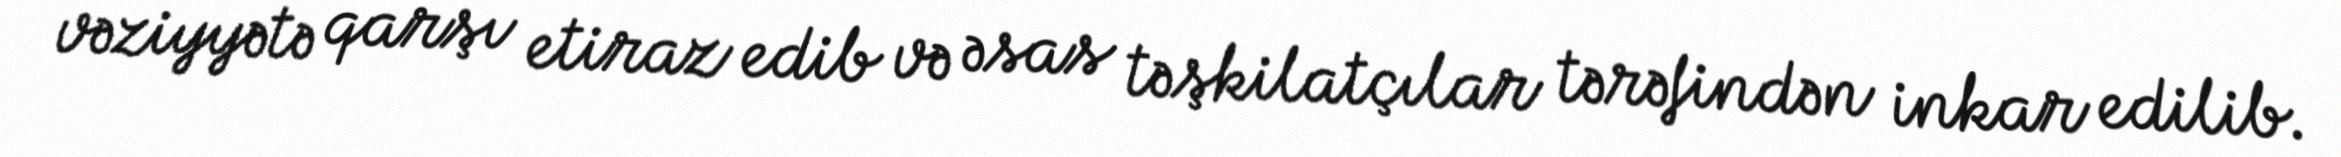
vəziyyətə qarşı etiraz edib və əsas təşkilatçılar tərəfindən inkar edilib.